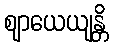
ဈာယေယျန္တိ